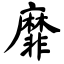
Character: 靡